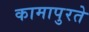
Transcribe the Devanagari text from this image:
कामापुरते